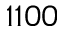
1 1 0 0